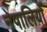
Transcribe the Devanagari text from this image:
नेपालियोँ